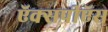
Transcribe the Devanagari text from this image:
ऍक्सपीऍस